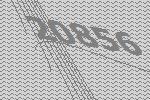
20856